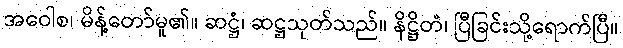
အဝေါစ၊ မိန့်တော်မူ၏။ ဆဋ္ဌံ၊ ဆဋ္ဌသုတ်သည်။ နိဋ္ဌိတံ၊ ပြီခြင်းသို့ရောက်ပြီ။